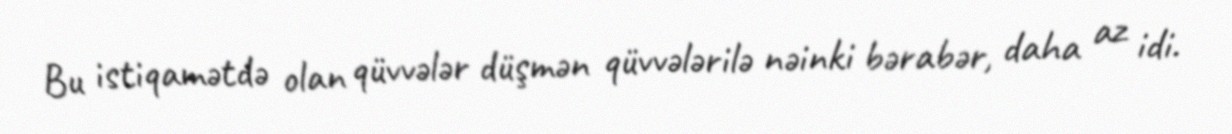
Bu istiqamətdə olan qüvvələr düşmən qüvvələrilə nəinki bərabər, daha az idi.